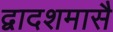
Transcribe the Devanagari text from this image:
द्वादशमासै